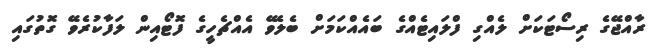
ރާއްޖޭގެ ރިސޯޓަކަށް ލެއްގި ފްލައިޓެއްގެ ބައެއްކަމަށް ބެލެވޭ އެއްޗެހީގެ ފޮޓޯއިން ލަފާކުރެވޭ ގޮތުގައި